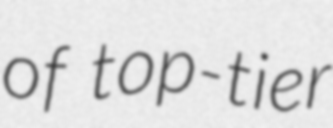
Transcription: of top-tier